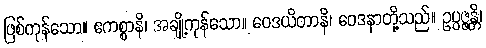
ဖြစ်ကုန်သော။ ဧကစ္စာနိ၊ အချို့ကုန်သော။ ဝေဒယိတာနိ၊ ဝေဒနာတို့သည်။ ဥပ္ပဇ္ဇန္တိ၊